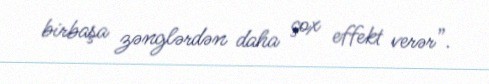
birbaşa zənglərdən daha çox effekt verər”.